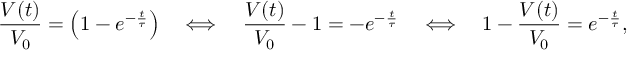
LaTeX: { \frac { V ( t ) } { V _ { 0 } } } = \left( 1 - e ^ { - { \frac { t } { \tau } } } \right) \quad \Longleftrightarrow \quad { \frac { V ( t ) } { V _ { 0 } } } - 1 = - e ^ { - { \frac { t } { \tau } } } \quad \Longleftrightarrow \quad 1 - { \frac { V ( t ) } { V _ { 0 } } } = e ^ { - { \frac { t } { \tau } } } ,